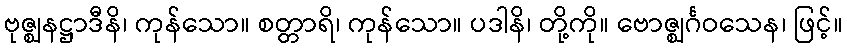
ဗုဇ္ဈနဋ္ဌာဒီနိ၊ ကုန်သော။ စတ္တာရိ၊ ကုန်သော။ ပဒါနိ၊ တို့ကို။ ဗောဇ္ဈင်္ဂဝသေန၊ ဖြင့်။